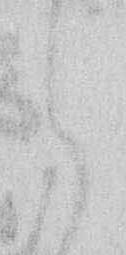
ら